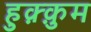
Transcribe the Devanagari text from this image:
हुक़्क़ुम